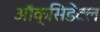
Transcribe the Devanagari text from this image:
ऑक्‍सिडेंटल